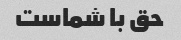
حق با شماست